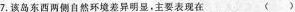
7.该岛东西两侧自然环境差异明显，主要表现在 ()